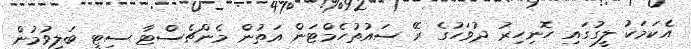
އެކަމަކު ލީގުގައި ހޮނިހިރު ދުވަހުގެ ރޭ ސައުތުހެމްޓަން އަތުން މެންޗެސްޓާ ސިޓީ ބަލިވުމުން